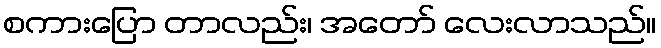
စကားပြော တာလည်း၊ အတော် လေးလာသည်။